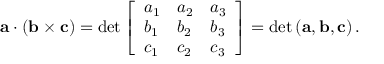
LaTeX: \mathbf { a } \cdot ( \mathbf { b } \times \mathbf { c } ) = \operatorname* { d e t } { \left[ \begin{array} { l l l } { a _ { 1 } } & { a _ { 2 } } & { a _ { 3 } } \\ { b _ { 1 } } & { b _ { 2 } } & { b _ { 3 } } \\ { c _ { 1 } } & { c _ { 2 } } & { c _ { 3 } } \end{array} \right] } = \mathrm { { d e t } } \left( \mathbf { a } , \mathbf { b } , \mathbf { c } \right) .